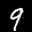
Label: 9